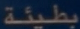
بطيئة